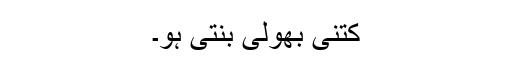
کتنی بھولی بنتی ہو۔